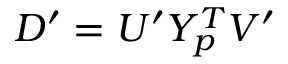
D ^ { \prime } = U ^ { \prime } Y _ { p } ^ { T } V ^ { \prime }